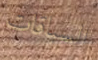
السباقات